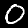
Label: 0